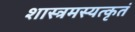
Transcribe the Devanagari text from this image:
शास्त्रमस्यत्कृतं